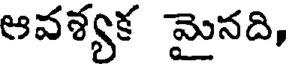
ఆవశ్యక మైనది,